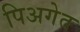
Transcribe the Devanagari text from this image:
पिअगेत